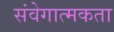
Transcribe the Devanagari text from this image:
संवेगात्मकता